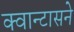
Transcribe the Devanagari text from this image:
क्वान्टासने